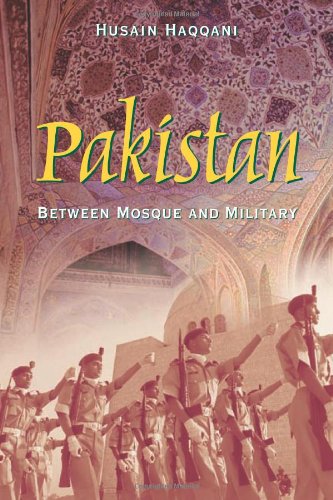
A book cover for Pakistan: Between Mosque and Military; Husain Haqqani; History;